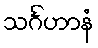
သင်္ဂဟာနံ